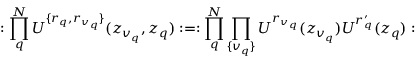
: \prod _ { q } ^ { N } U ^ { \{ r _ { q } , r _ { v _ { q } } \} } ( z _ { v _ { q } } , z _ { q } ) : = : \prod _ { q } ^ { N } \prod _ { \{ v _ { q } \} } U ^ { r _ { v _ { q } } } ( z _ { v _ { q } } ) U ^ { r _ { q } ^ { \prime } } ( z _ { q } ) :